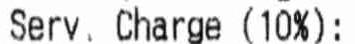
SERV. CHARGE (10%)